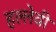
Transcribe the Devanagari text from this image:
हल्लेवी